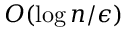
O ( \log n / \epsilon )